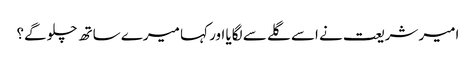
امیر شریعت نے اسے گلے سے لگایا اور کہا میرے ساتھ چلو گے؟